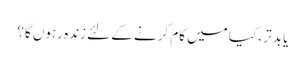
یا بدتر ، کیا میں کام کرنے کے لئے زندہ رہوں گا؟